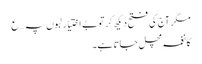
مگر آج کی فتح دیکھ کر تو بے اختیار لبوں پہ …ع
کا نغمہ مچل جاتا ہے۔